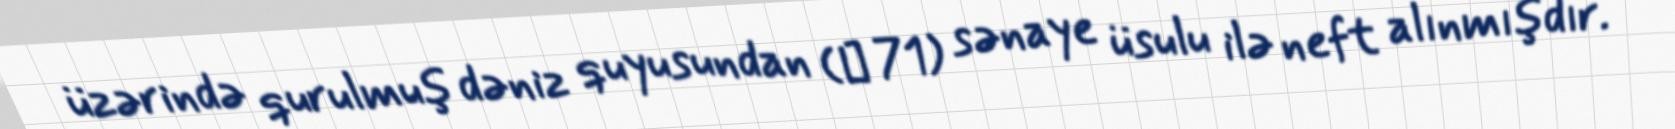
üzərində qurulmuş dəniz quyusundan (№ 71) sənaye üsulu ilə neft alınmışdır.